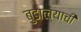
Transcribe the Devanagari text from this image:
बुडाल्याची